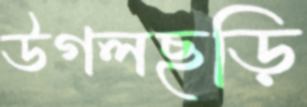
উগলছড়ি